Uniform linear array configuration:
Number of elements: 12
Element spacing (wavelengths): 1
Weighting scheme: exponential
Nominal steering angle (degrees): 30
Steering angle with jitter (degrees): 28.971
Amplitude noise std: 0.05
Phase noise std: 0.05

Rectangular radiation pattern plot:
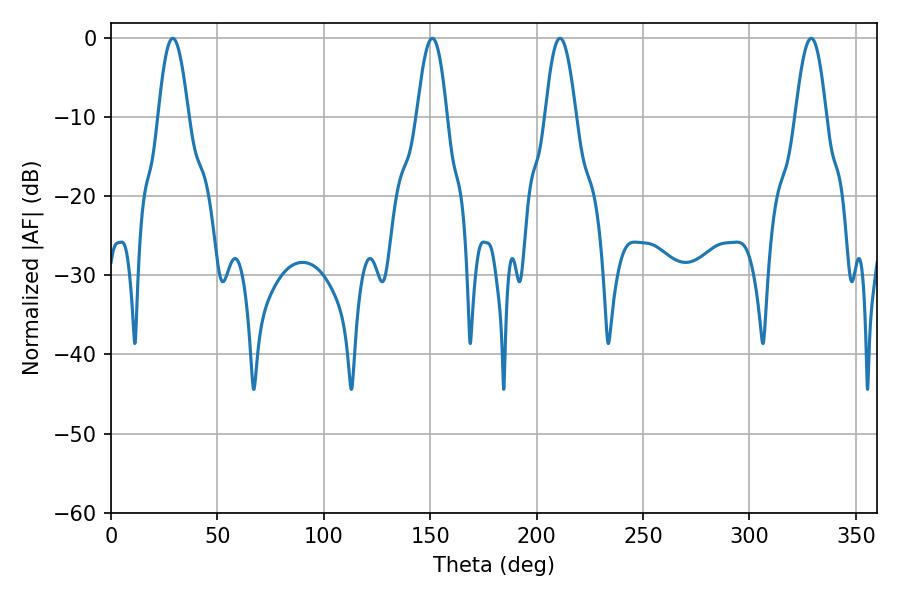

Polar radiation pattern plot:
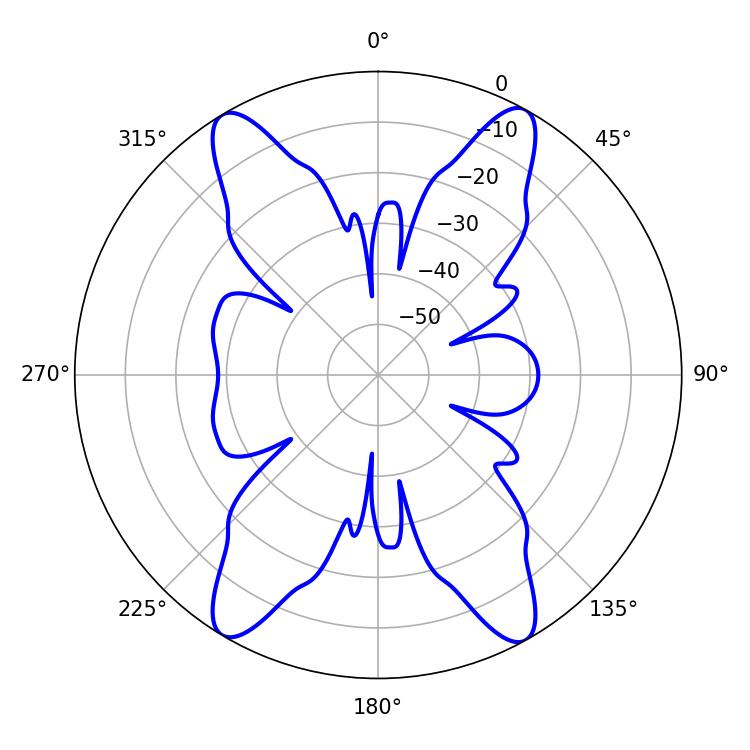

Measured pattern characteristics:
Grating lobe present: TRUE
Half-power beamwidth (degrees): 7.74
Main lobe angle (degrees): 210.96